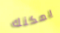
يمكنك